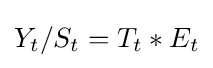
Y_{t}/S_{t}=T_{t}*E_{t}